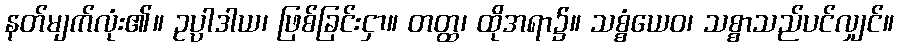
နတ်မျက်လုံး၏။ ဥပ္ပါဒါယ၊ ဖြစ်ခြင်းငှာ။ တတ္ထ၊ ထိုအရာ၌။ သစ္စံယေဝ၊ သစ္စာသည်ပင်လျှင်။